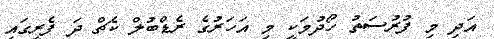
އަދި މި ފުރުސަތު ހޯދުމަކީ މި އަހަރުގެ ރެޑްބުލް ކެޗް ދަ ފެރީގައި